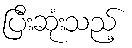
ပြီးဆုံးသည့်